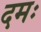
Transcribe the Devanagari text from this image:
दमः